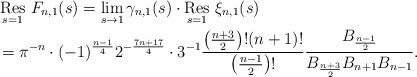
LaTeX: \begin{align*}& \mathop{{\rm Res}}_{s=1}\,F_{n,1}(s)=\lim_{s\to 1}\gamma_{n,1}(s)\cdot \mathop{{\rm Res}}_{s=1}\,\xi_{n,1}(s)\\& =\pi^{-n}\cdot (-1)^{\frac{n-1}{4}}2^{-\frac{7n+17}{4}}\cdot 3^{-1} \frac{\left(\tfrac{n+3}{2}\right)!(n+1)!} {\left(\tfrac{n-1}{2}\right)!} \frac{B_{\frac{n-1}{2}}} {B_{\frac{n+3}{2}}B_{n+1}B_{n-1}}.\end{align*}